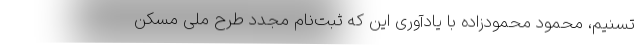
تسنیم، محمود محمودزاده با یادآوری این که ثبت‌نام مجدد طرح ملی مسکن